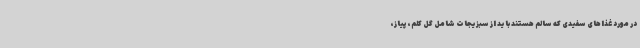
در مورد غذاهای سفیدی که سالم هستند باید از سبزیجات شامل گل کلم، پیاز،